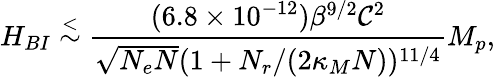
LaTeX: H_{BI}\stackrel{<}{\sim}\frac{(6.8\times 10^{-12})\beta^{9/2}{\cal C}^{2}}{\sqrt{N_{e}N}(1+N_{r}/(2\kappa_{M}N))^{11/4}}M_{p},